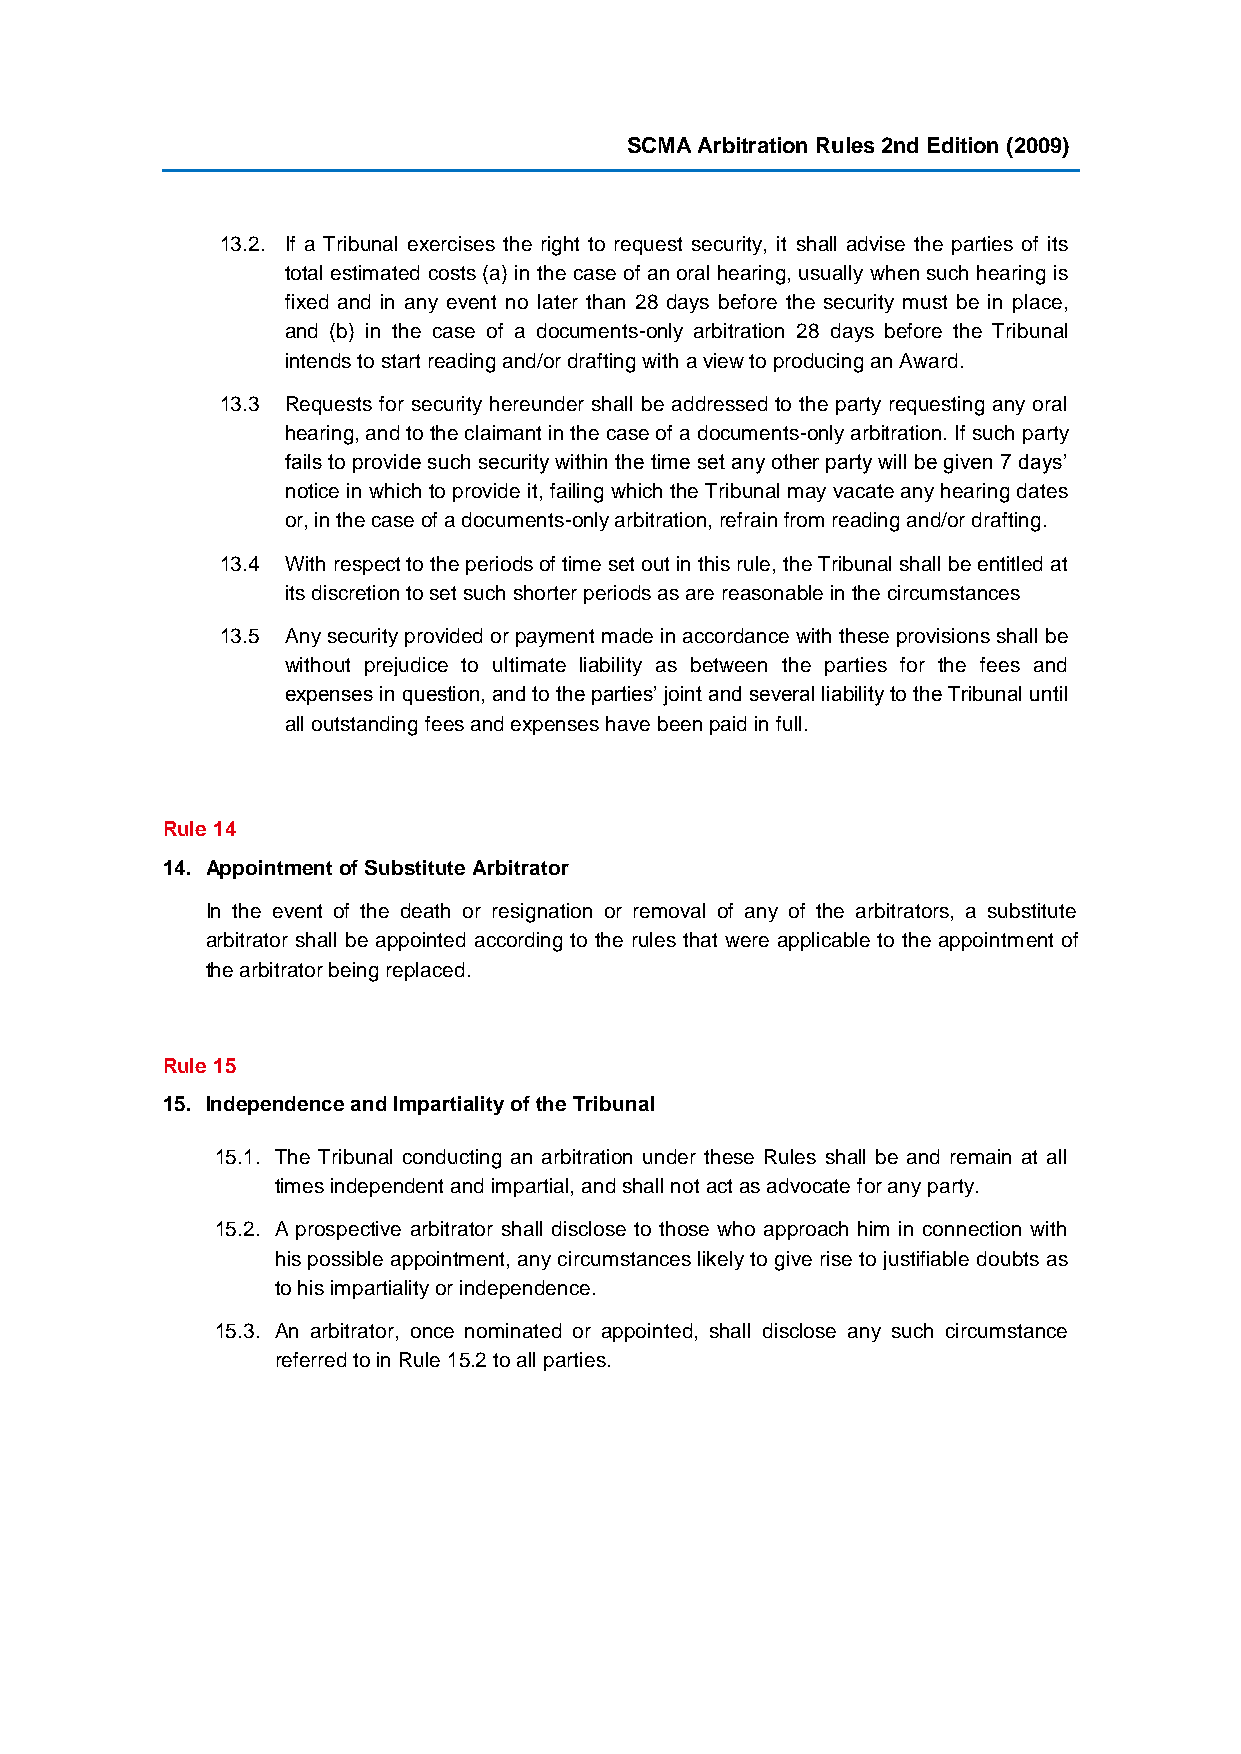
SCMA Arbitration Rules 2nd Edition (2009)
 13.2. If a Tribunal exercises the right to request security, it shall advise the parties of its
 total estimated costs (a) in the case of an oral hearing, usually when such hearing is
 fixed and in any event no later than 28 days before the security must be in place,
 and (b) in the case of a documents-only arbitration 28 days before the Tribunal
 intends to start reading and/or drafting with a view to producing an Award.
 13.3 Requests for security hereunder shall be addressed to the party requesting any oral
 hearing, and to the claimant in the case of a documents-only arbitration. If such party
 fails to provide such security within the time set any other party will be given 7 days’
 notice in which to provide it, failing which the Tribunal may vacate any hearing dates
 or, in the case of a documents-only arbitration, refrain from reading and/or drafting.
 13.4 With respect to the periods of time set out in this rule, the Tribunal shall be entitled at
 its discretion to set such shorter periods as are reasonable in the circumstances
 13.5 Any security provided or payment made in accordance with these provisions shall be
 without prejudice to ultimate liability as between the parties for the fees and
 expenses in question, and to the parties’ joint and several liability to the Tribunal until
 all outstanding fees and expenses have been paid in full.
 Rule 14
 14. Appointment of Substitute Arbitrator
 In the event of the death or resignation or removal of any of the arbitrators, a substitute
 arbitrator shall be appointed according to the rules that were applicable to the appointment of
 the arbitrator being replaced.
 Rule 15
 15. Independence and Impartiality of the Tribunal
 15.1. The Tribunal conducting an arbitration under these Rules shall be and remain at all
 times independent and impartial, and shall not act as advocate for any party.
 15.2. A prospective arbitrator shall disclose to those who approach him in connection with
 his possible appointment, any circumstances likely to give rise to justifiable doubts as
 to his impartiality or independence.
 15.3. An arbitrator, once nominated or appointed, shall disclose any such circumstance
 referred to in Rule 15.2 to all parties.